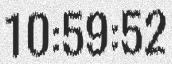
10:59:52